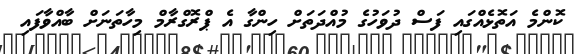
ކޮންމެ އަތޮޅެއްގައި ފަސް ދުވަހުގެ މުއްދަތަށް ހިންގާ އެ ޕްރޮގްރާމް މިހާތަނަށް ބާއްވާފައި